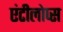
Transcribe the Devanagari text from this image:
एंटीलोप्स